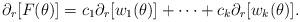
LaTeX: \begin{align*}\partial_r[F(\theta)] = c_1 \partial _r [w_1(\theta)] +\cdots+c_k \partial_r [w_k(\theta)].\end{align*}